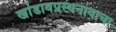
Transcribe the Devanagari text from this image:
खांडावप्रस्थनावाचा